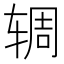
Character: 𫐏